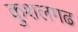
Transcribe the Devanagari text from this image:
कुशलगढ